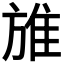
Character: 𨾔